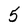
Character: 5